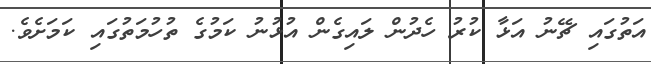
އަތުގައި ޗޭނު އަޅާ ކުރު ހެދުން ލައިގެން އުޅުނު ކަމުގެ ތުހުމަތުގައި ކަމަށެވެ.